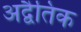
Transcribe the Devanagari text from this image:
अद्वैतिक